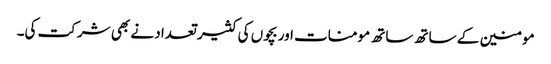
مومنین کے ساتھ ساتھ مومنات اور بچوں کی کثیر تعداد نے بھی شرکت کی۔